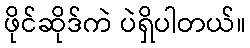
ဖိုင်ဆိုဒ်ကဲ ပဲရှိပါတယ်။